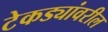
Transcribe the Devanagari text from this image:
टेकड्यांवरील